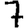
Digit: 7